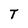
Character: T